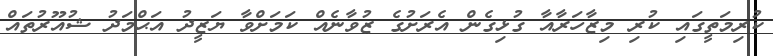
ކުރިމަތީގައި ކުރި މިޒާހަރާއާ ގުޅިގެން އެރަށުގެ ޒުވާނެއް ކަމަށްވާ ޔަޒީދު އަޙްމަދު ޝުއޫރުތައް